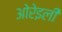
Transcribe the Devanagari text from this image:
ओरेइली